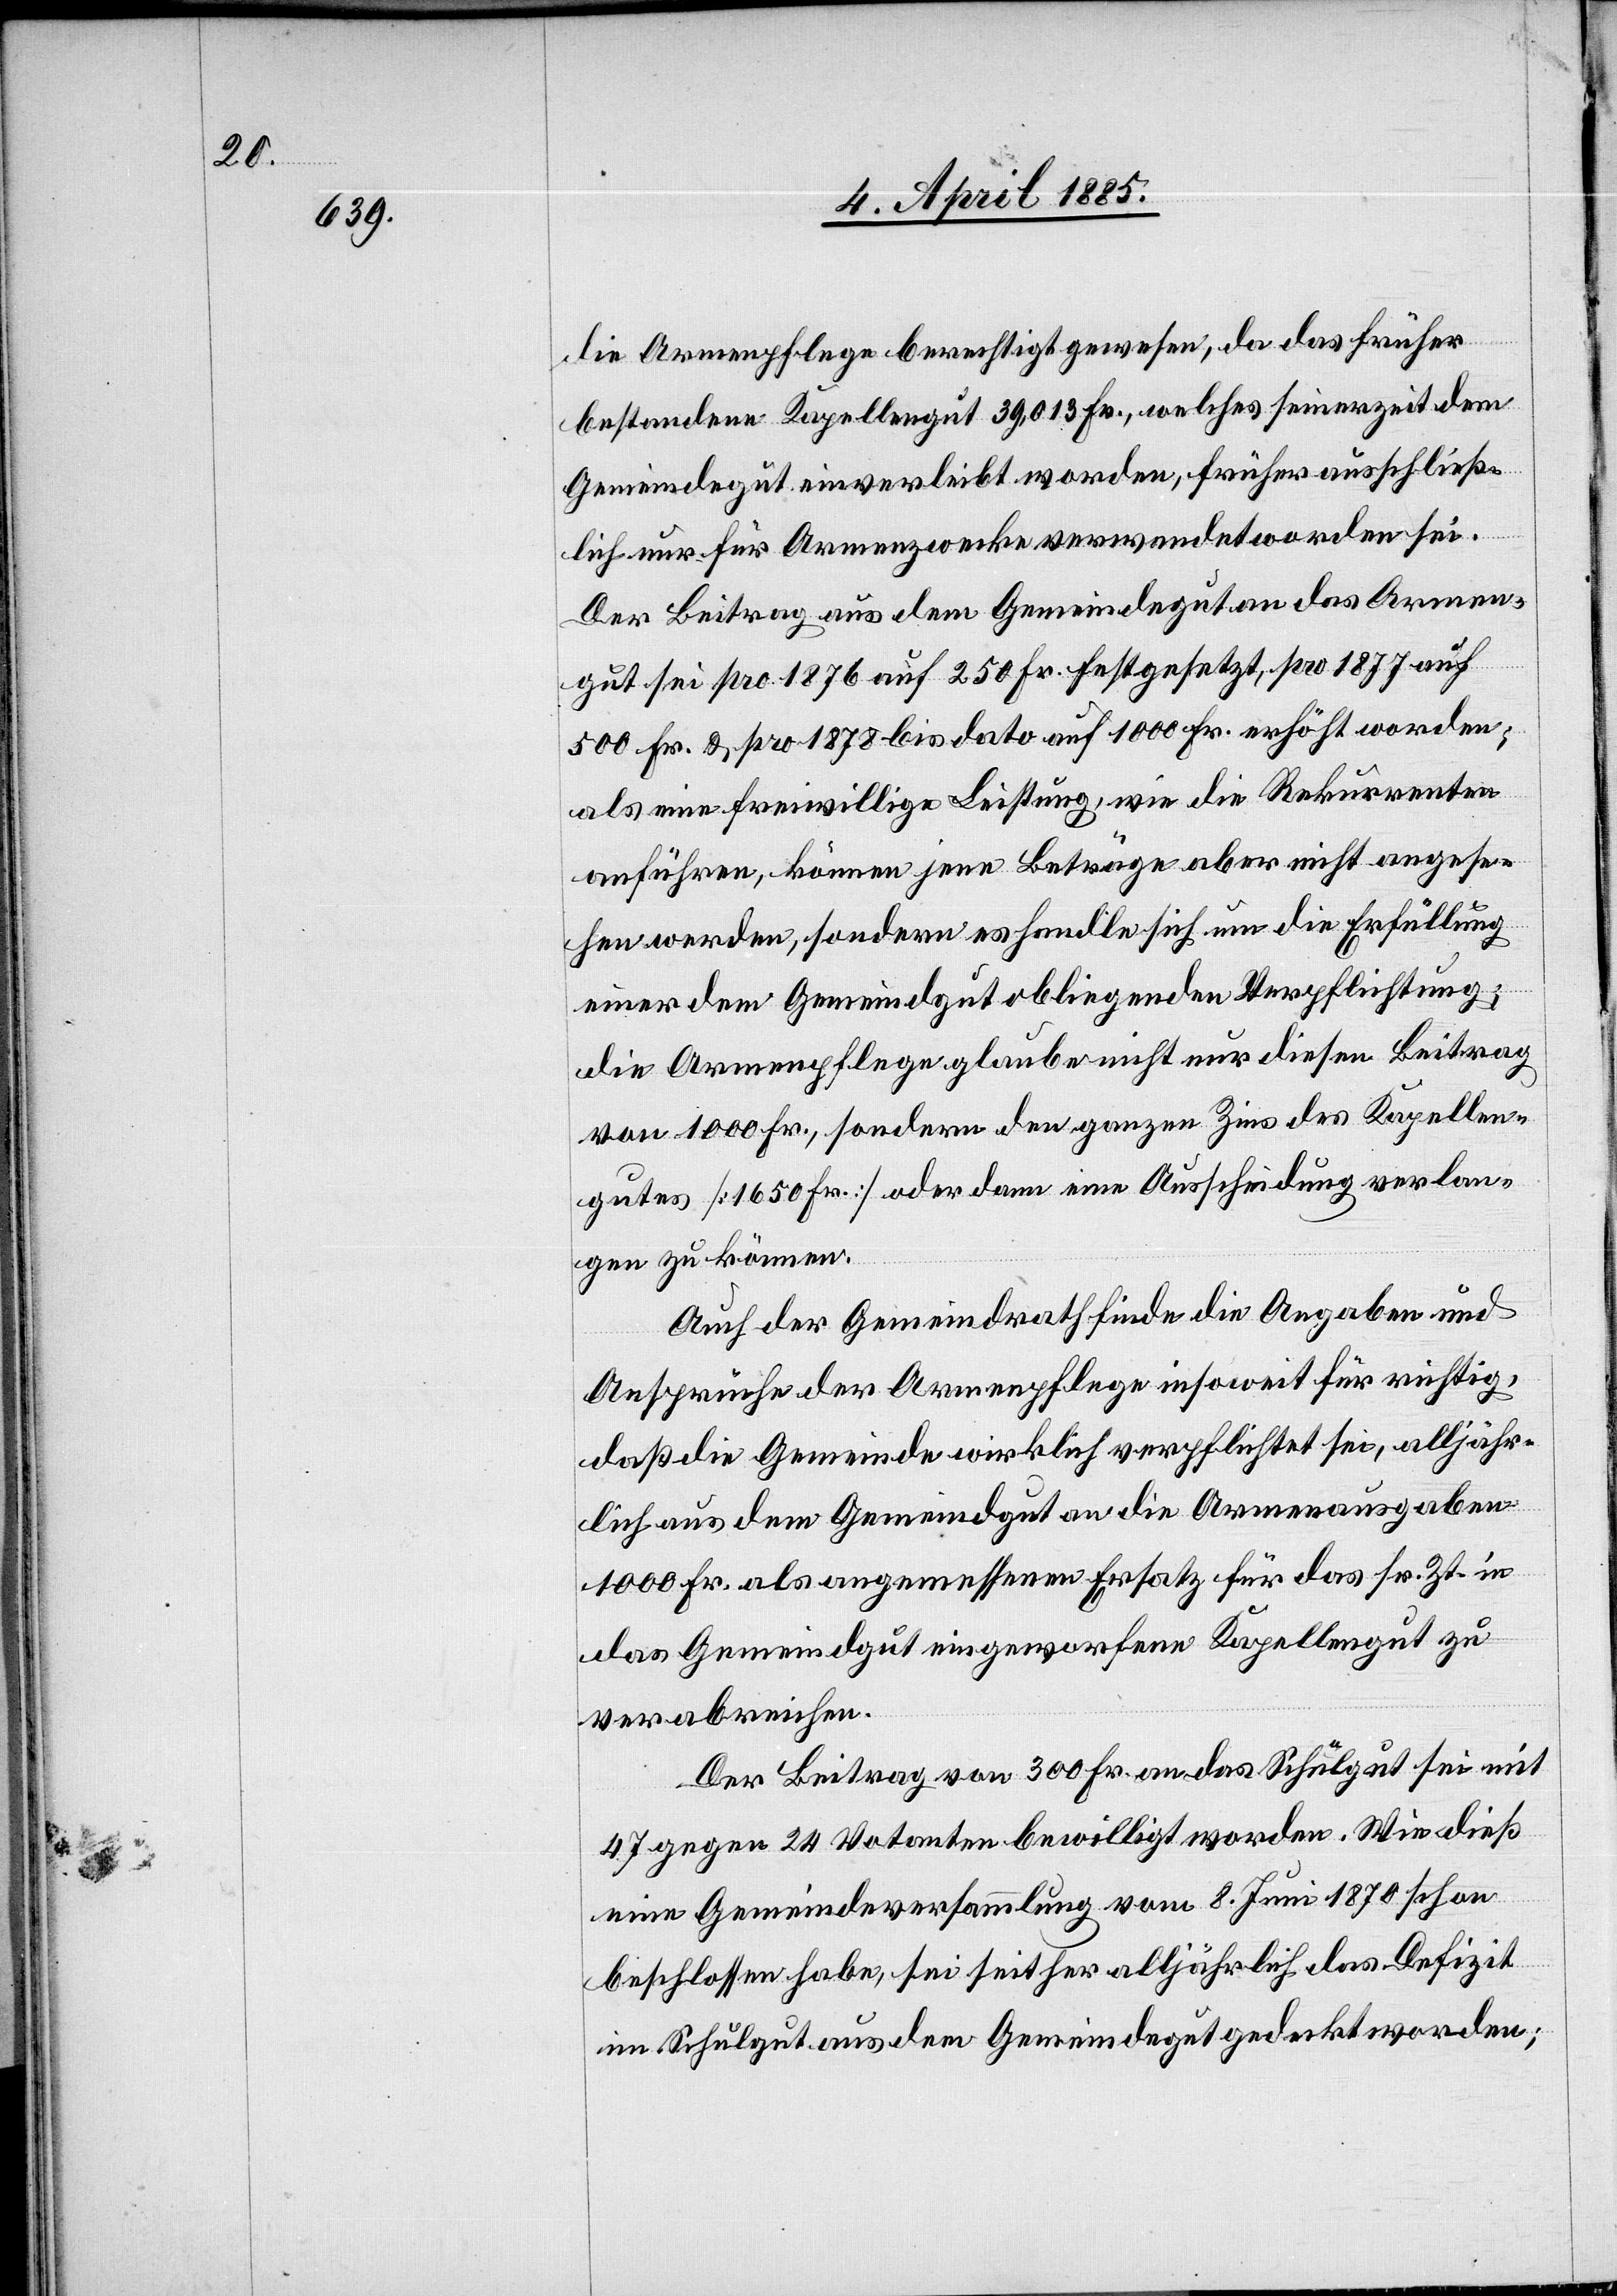
die Armenpflege berechtigt gewesen, da das früher
bestandene Kapellengut 39,013 Fr., welches seinerzeit dem
Gemeindegut einverleibt worden, früher ausschließ¬
lich nur für Armenzwecke verwendet worden sei.
Der Beitrag aus dem Gemeindegut an das Armen¬
gut sei pro 1876 auf 250 Fr. festgesetzt, pro 1877 auf
500 Fr. & pro 1878 bis dato auf 1000 Fr. erhöht worden;
als eine freiwillige Leistung, wie die Rekurrenten
anführen, können jene Beiträge aber nicht angese¬
hen werden, sondern es handle sich um die Erfüllung
einer dem Gemeindgut obliegenden Verpflichtung;
die Armenpflege glaube nicht nur diesen Beitrag
von 1000 Fr., sondern den ganzen Zins des Kapellen¬
gutes [1650 Fr.] oder dann eine Ausscheidung verlan¬
gen zu können.
Auch der Gemeindrath finde die Angaben und
Ansprüche der Armenpflege insoweit für richtig,
daß die Gemeinde wirklich verpflichtet sei, alljähr¬
lich aus dem Gemeindgut an die Armenausgaben
1000 Fr. als angemessenen Ersatz für das sr. Zt. in
das Gemeindgut eingeworfene Kapellengut zu
verabreichen.
Der Beitrag von 300 Fr. an das Schulgut sei mit
47 gegen 24 Votanten bewilligt worden. Wie dieß
eine Gemeindeversammlung vom 8. Juni 1870 schon
beschlossen habe, sei seither alljährlich das Defizit
im Schulgut aus dem Gemeindegut gedeckt worden;